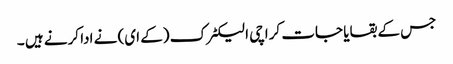
جس کے بقایا جات کراچی الیکٹرک (کے ای) نے ادا کرنے ہیں ۔